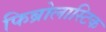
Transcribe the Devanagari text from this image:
फिब्रोलास्टिक